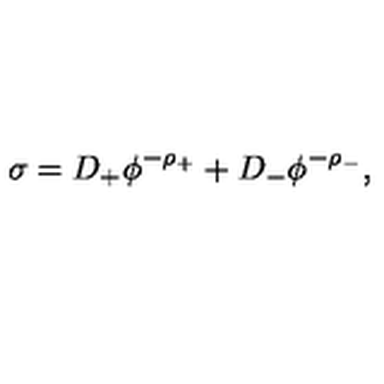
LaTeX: \sigma = D _ { + } \phi ^ { - \rho _ { + } } + D _ { - } \phi ^ { - \rho _ { - } } ,